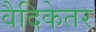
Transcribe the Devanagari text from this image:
वैदिकेतर